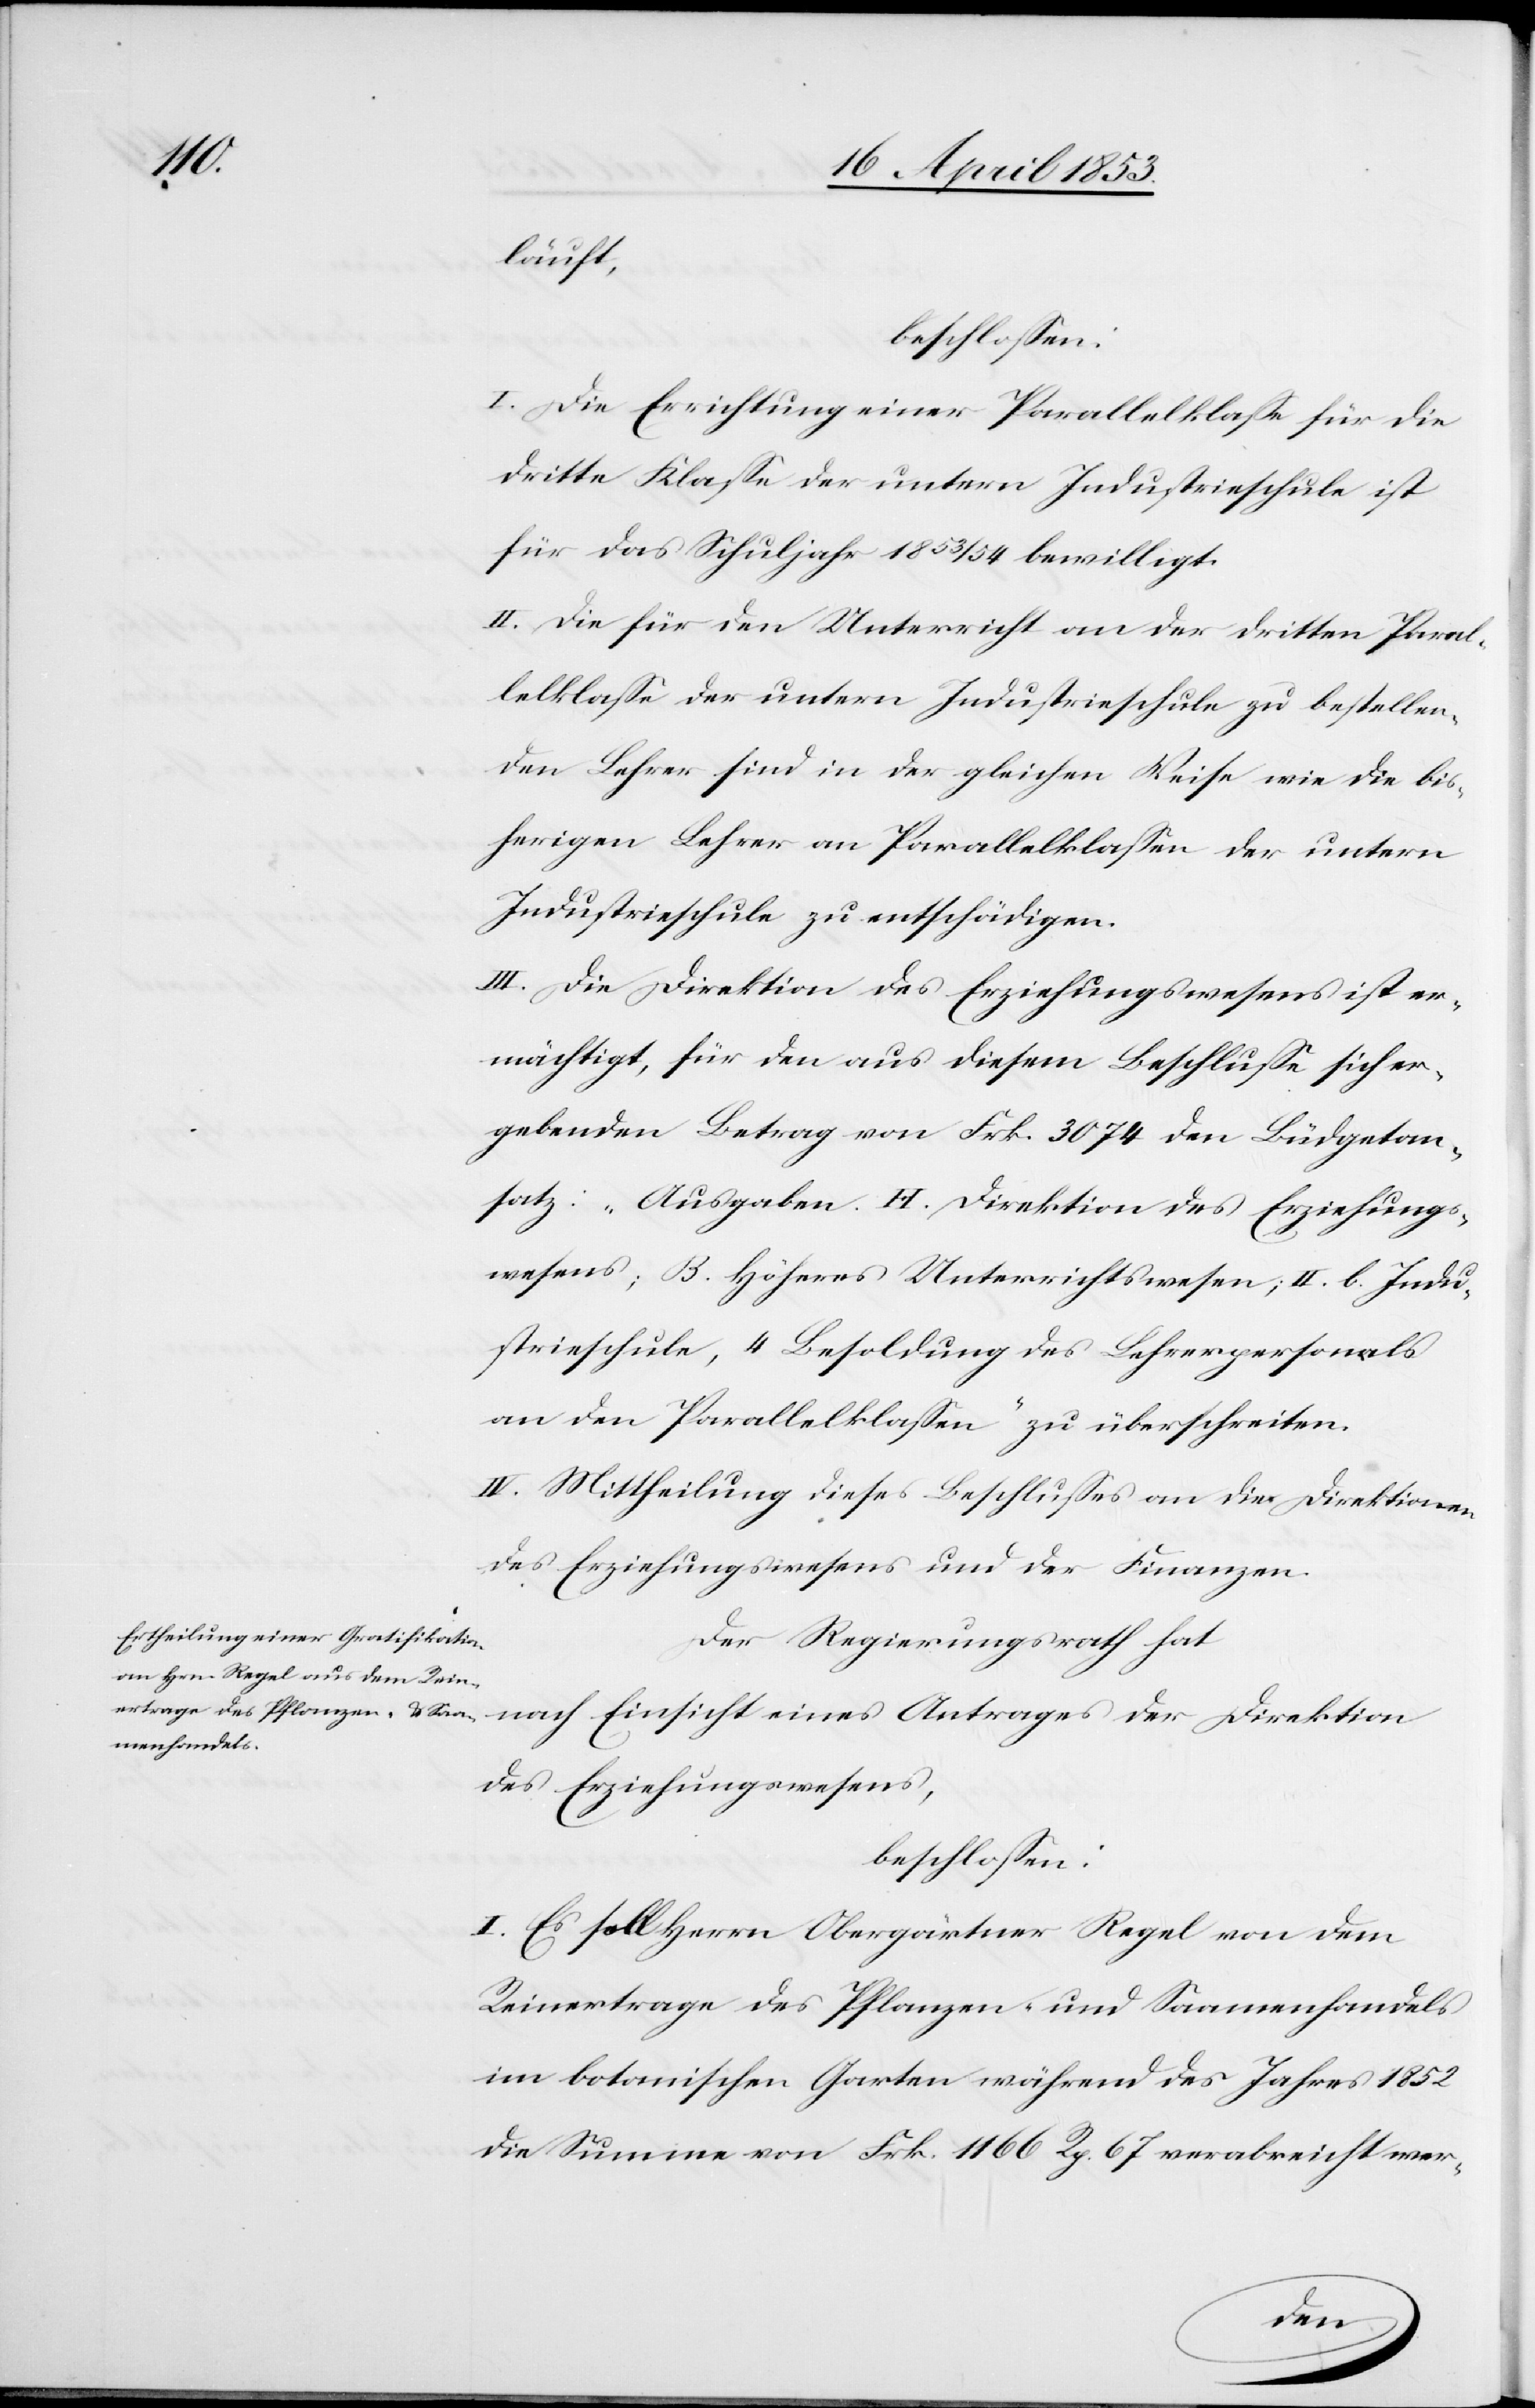
Einsicht
beschloßen:
I. Die Errichtung einer Personalklaße für die
dritte Klaße der untern Industrieschule ist
für das Schuljahr 1853/54 bewilligt.
II. Die für den Unterricht an der dritten Paral¬
lelklaße der untern Industrieschule zu bestellen¬
den Lehrer sind in der gleichen Weise wie die bis¬
herigen Lehrer an Parallelklaßen der untern
Industrieschule zu entschädigen.
III. Die Direktion des Erziehungswesens ist er¬
mächtigt, für den aus diesem Beschluße sich er¬
gebenden Betrag von Frk. 3074 den Büdgetan¬
satz: „Ausgaben. H. Direktion des Erziehungs¬
wesens; B. Höheres Unterrichtswesen; II. b. Indu¬
strieschule, 4 Besoldung des Lehrerpersonals
an den Parallelklaßen“ zu überschreiten.
IV. Mittheilung dieses Beschlußes an die Direktionen
des Erziehungswesens und der Finanzen.
Der Regierungsrath hat
des Erziehungswesens,
beschloßen:
I. Es soll Herrn Obergärtner Regel von dem
Reinertrage des Pflanzen- und Saamenhandels
im botanischen Garten während des Jahres 1852
die Summe von Frk. 1166 Rp. 67 verabreicht wer-
der